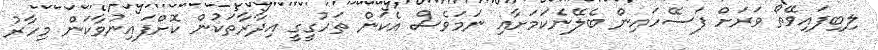
ލިބިފައިވޭތޯ ވަރަށް ފަސޭހައިން ބެލޭނެކަމަށާއި ނަމަވެސް އެކަން ތަހުގީގީ އިދާރާތަކުން ކޮށްފައިނުވާކަން މިހާރު